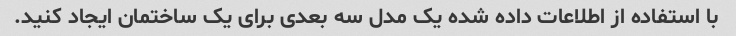
با استفاده از اطلاعات داده شده یک مدل سه بعدی برای یک ساختمان ایجاد کنید.